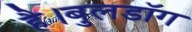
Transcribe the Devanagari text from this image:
है।बुलडॉग